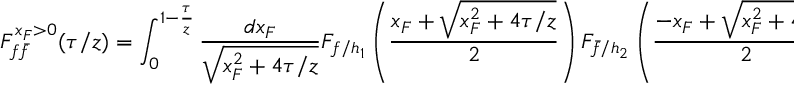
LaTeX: { \cal F } _ { f \bar { f } } ^ { x _ { F } > 0 } ( \tau / z ) = \int _ { 0 } ^ { 1 - { \frac { \tau } { z } } } { \frac { d x _ { F } } { \sqrt { x _ { F } ^ { 2 } + 4 \tau / z } } } F _ { f / h _ { 1 } } \left( { \frac { x _ { F } + \sqrt { x _ { F } ^ { 2 } + 4 \tau / z } } { 2 } } \right) F _ { \bar { f } / h _ { 2 } } \left( { \frac { - x _ { F } + \sqrt { x _ { F } ^ { 2 } + 4 \tau / z } } { 2 } } \right) .